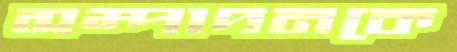
সম্পাদনকে